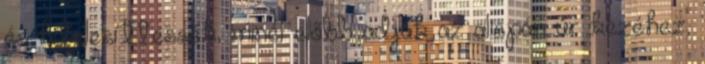
és hitelesíttessék, minél előbb adják az alispán úr kezéhez,